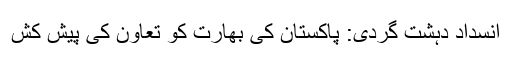
انسداد دہشت گردی: پاکستان کی بھارت کو تعاون کی پیش کش